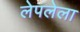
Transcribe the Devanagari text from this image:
लेपलेला